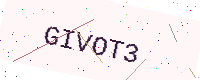
Text: GIVOT3